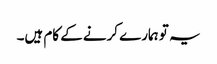
یہ تو ہمارے کرنے کے کام ہیں۔